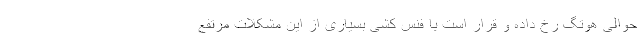
حوالی هوتگ رخ داده و قرار است با فنس کشی بسیاری از این مشکلات مرتفع